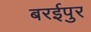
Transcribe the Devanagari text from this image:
बरईपुर